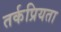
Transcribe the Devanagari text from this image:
तर्कप्रियता